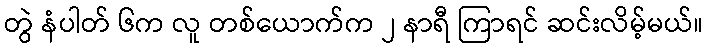
တွဲ နံပါတ် ၆က လူ တစ်ယောက်က ၂ နာရီ ကြာရင် ဆင်းလိမ့်မယ်။